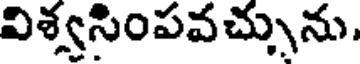
విశ్వసింపవచ్చును,